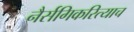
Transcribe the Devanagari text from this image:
नैर्सगिकरित्याच